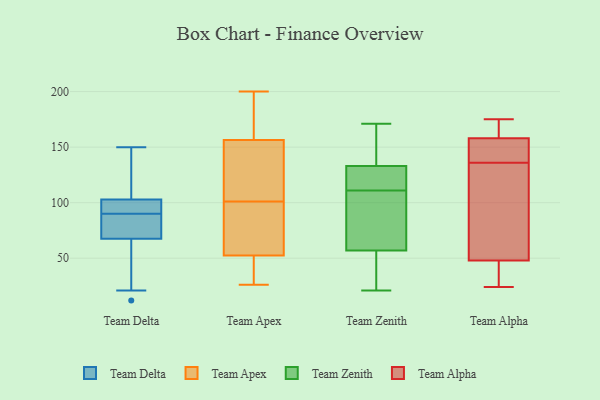
{"axis": {"x": "Operating Costs (USD K)", "y": "Value"}, "legend": ["Team Alpha", "Team Apex", "Team Delta", "Team Zenith"], "data": [{"x": "", "y": 90, "type": "Team Delta"}, {"x": "", "y": 104, "type": "Team Delta"}, {"x": "", "y": 21, "type": "Team Delta"}, {"x": "", "y": 65, "type": "Team Delta"}, {"x": "", "y": 78, "type": "Team Delta"}, {"x": "", "y": 35, "type": "Team Delta"}, {"x": "", "y": 99, "type": "Team Delta"}, {"x": "", "y": 95, "type": "Team Delta"}, {"x": "", "y": 12, "type": "Team Delta"}, {"x": "", "y": 150, "type": "Team Delta"}, {"x": "", "y": 149, "type": "Team Delta"}, {"x": "", "y": 87, "type": "Team Delta"}, {"x": "", "y": 98, "type": "Team Delta"}, {"x": "", "y": 75, "type": "Team Delta"}, {"x": "", "y": 132, "type": "Team Delta"}, {"x": "", "y": 51, "type": "Team Apex"}, {"x": "", "y": 57, "type": "Team Apex"}, {"x": "", "y": 200, "type": "Team Apex"}, {"x": "", "y": 157, "type": "Team Apex"}, {"x": "", "y": 83, "type": "Team Apex"}, {"x": "", "y": 59, "type": "Team Apex"}, {"x": "", "y": 118, "type": "Team Apex"}, {"x": "", "y": 184, "type": "Team Apex"}, {"x": "", "y": 174, "type": "Team Apex"}, {"x": "", "y": 178, "type": "Team Apex"}, {"x": "", "y": 26, "type": "Team Apex"}, {"x": "", "y": 155, "type": "Team Apex"}, {"x": "", "y": 35, "type": "Team Apex"}, {"x": "", "y": 101, "type": "Team Apex"}, {"x": "", "y": 48, "type": "Team Apex"}, {"x": "", "y": 82, "type": "Team Apex"}, {"x": "", "y": 140, "type": "Team Apex"}, {"x": "", "y": 46, "type": "Team Apex"}, {"x": "", "y": 141, "type": "Team Apex"}, {"x": "", "y": 75, "type": "Team Zenith"}, {"x": "", "y": 23, "type": "Team Zenith"}, {"x": "", "y": 93, "type": "Team Zenith"}, {"x": "", "y": 148, "type": "Team Zenith"}, {"x": "", "y": 118, "type": "Team Zenith"}, {"x": "", "y": 114, "type": "Team Zenith"}, {"x": "", "y": 147, "type": "Team Zenith"}, {"x": "", "y": 30, "type": "Team Zenith"}, {"x": "", "y": 57, "type": "Team Zenith"}, {"x": "", "y": 42, "type": "Team Zenith"}, {"x": "", "y": 118, "type": "Team Zenith"}, {"x": "", "y": 111, "type": "Team Zenith"}, {"x": "", "y": 95, "type": "Team Zenith"}, {"x": "", "y": 111, "type": "Team Zenith"}, {"x": "", "y": 143, "type": "Team Zenith"}, {"x": "", "y": 21, "type": "Team Zenith"}, {"x": "", "y": 171, "type": "Team Zenith"}, {"x": "", "y": 133, "type": "Team Zenith"}, {"x": "", "y": 48, "type": "Team Alpha"}, {"x": "", "y": 154, "type": "Team Alpha"}, {"x": "", "y": 46, "type": "Team Alpha"}, {"x": "", "y": 158, "type": "Team Alpha"}, {"x": "", "y": 159, "type": "Team Alpha"}, {"x": "", "y": 133, "type": "Team Alpha"}, {"x": "", "y": 101, "type": "Team Alpha"}, {"x": "", "y": 139, "type": "Team Alpha"}, {"x": "", "y": 175, "type": "Team Alpha"}, {"x": "", "y": 166, "type": "Team Alpha"}, {"x": "", "y": 24, "type": "Team Alpha"}, {"x": "", "y": 113, "type": "Team Alpha"}, {"x": "", "y": 44, "type": "Team Alpha"}, {"x": "", "y": 143, "type": "Team Alpha"}]}